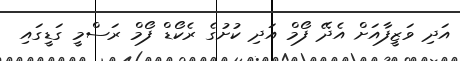
އަދި ވަޒީފާއަށް އެދޭ ފޯމް އަދި ކުށުގެ ރެކޯޑް ފޯމް ރަސްމީ ގަޑީގައި